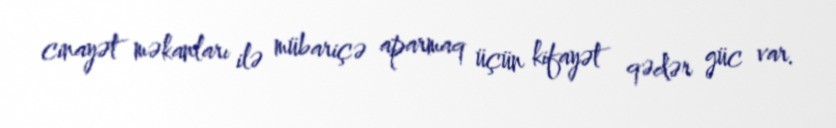
cinayət məkanları ilə mübariçə aparmaq üçün kifayət qədər güc var.